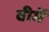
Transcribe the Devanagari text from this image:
बीमें